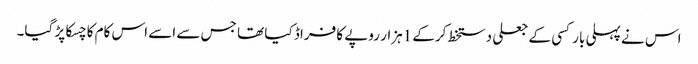
اس نے پہلی بار کسی کے جعلی دستخط کرکے 1ہزار روپے کا فراڈ کیا تھا جس سے اسے اس کام کا چسکا پڑ گیا۔